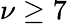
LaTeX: \nu\geq 7